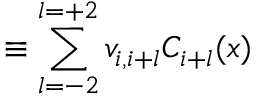
\equiv \sum _ { l = - 2 } ^ { l = + 2 } v _ { i , i + l } C _ { i + l } ( x )